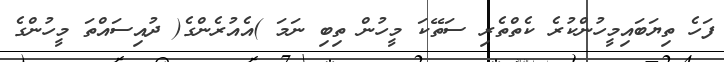
ފަހެ ތިޔަބައިމީހުންކުރެ ކެތްތެރި ސަތޭކަ މީހުން ތިބި ނަމަ )އެއުރެންގެ( ދުއިސައްތަ މީހުންގެ